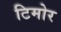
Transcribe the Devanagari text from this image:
टिमोर